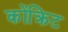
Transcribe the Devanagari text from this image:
कोंक्रिट